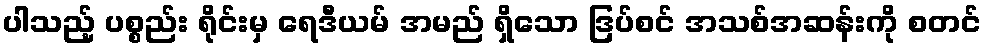
ပါသည့် ပစ္စည်း ရိုင်းမှ ရေဒီယမ် အမည် ရှိသော ဒြပ်စင် အသစ်အဆန်းကို စတင်